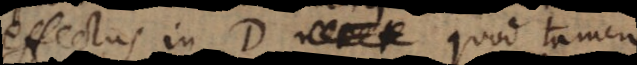
effectus in D, quod tamen